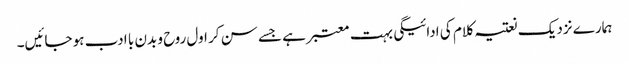
ہمارے نزدیک نعتیہ کلام کی ادائیگی بہت معتبر ہے جسے سن کر اول روح و بدن با ادب ہو جائیں۔